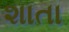
શાતા